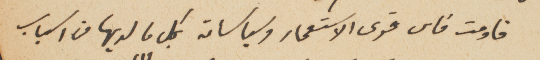
قاومت فاس قوى الاستعمار وسياساته بكل ما لديها من اسباب